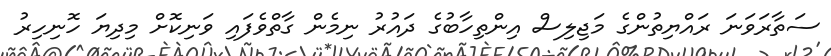
ސަތާރަވަނަ ރައްޔިތުންގެ މަޖިލިސް އިންތިހާބުގެ ދައުރު ނިމެން ގާތްވެފައި ވަނިކޮށް މިދިޔަ ހޮނިހިރު